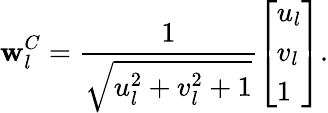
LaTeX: \mathbf{w}_{l}^{C}=\frac{1}{\sqrt{u_{l}^{2}+v_{l}^{2}+1}}\left[\begin{array}{l}{u_{l}}\\ {v_{l}}\\ {1}\end{array}\right].